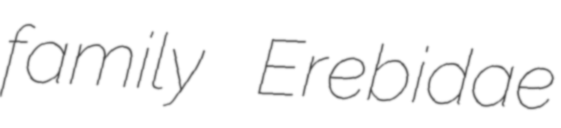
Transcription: family Erebidae